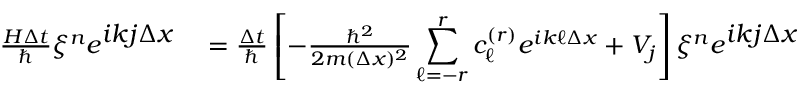
\begin{array} { r l } { \frac { H \Delta t } { \hbar } \xi ^ { n } e ^ { \displaystyle i k j \Delta x } } & { { } = \frac { \Delta t } { \hbar } \left[ - \frac { \hbar ^ { 2 } } { 2 m ( \Delta x ) ^ { 2 } } \displaystyle \sum _ { \ell = - r } ^ { r } c _ { \ell } ^ { ( r ) } e ^ { i k \ell \Delta x } + V _ { j } \right] \xi ^ { n } e ^ { \displaystyle i k j \Delta x } } \end{array}